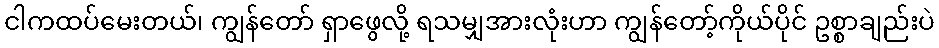
ငါကထပ်မေးတယ်၊ ကျွန်တော် ရှာဖွေလို့ ရသမျှအားလုံးဟာ ကျွန်တော့်ကိုယ်ပိုင် ဥစ္စာချည်းပဲ